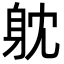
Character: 躭